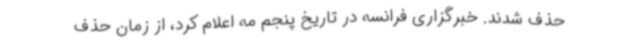
حذف شدند. خبرگزاری فرانسه در تاریخ پنجم مه اعلام کرد، از زمان حذف